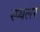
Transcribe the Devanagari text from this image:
स्प्यलर